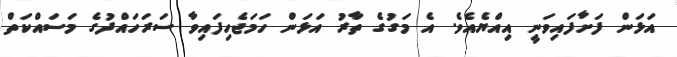
އަޅަން ފަށާފައިވަނީ އިއްޔެއެވެ. އެ މަގުގެ ތާރު އަޅަން ހަމަޖެހިފައިވާ ސަރަހައްދުގެ މަސައްކަތް